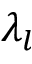
\lambda _ { l }